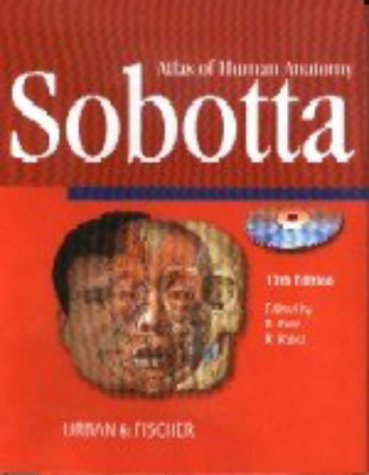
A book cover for Sobotta Atlas of Human Anatomy, Version 1.5: 13th Edition in English; R. Putz; Medical Books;